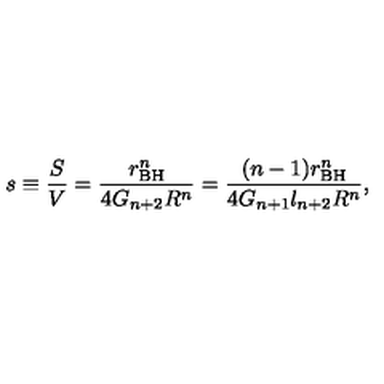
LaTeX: s \equiv \frac { S } { V } = \frac { r _ { \mathrm { B H } } ^ { n } } { 4 G _ { n + 2 } R ^ { n } } = \frac { ( n - 1 ) r _ { \mathrm { B H } } ^ { n } } { 4 G _ { n + 1 } l _ { n + 2 } R ^ { n } } ,